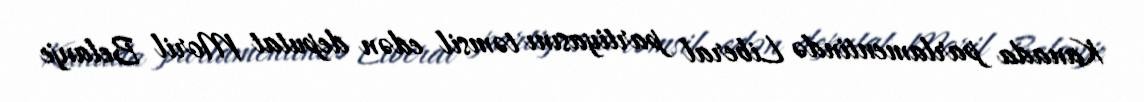
Kanada parlamentində Liberal partiyasını təmsil edən deputat Moril Belanje